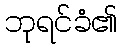
ဘုရင်ခံ၏